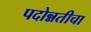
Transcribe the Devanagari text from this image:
पदोन्नतीचा